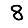
Digit: 8